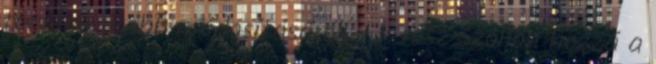
törvény újabb módosításáról – 1. rész Szóljon hozzá a